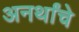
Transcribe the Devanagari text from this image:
अनर्थांचे